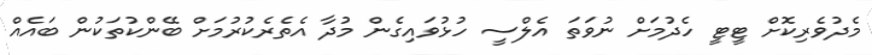
މެދުވެރިކޮށް ޓީޓީ ހެދުމަށް ނުވަތަ އެލްސީ ހުޅުވައިގެން މުދާ އެތެރެކުރުމަށް ބޭންކުތަކުން ބައެއް